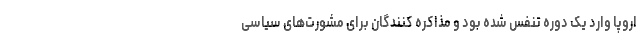
اروپا وارد یک دوره تنفس شده بود و مذاکره کنندگان برای مشورت‌های سیاسی